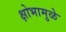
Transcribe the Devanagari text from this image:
क्षोभामुळे